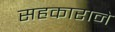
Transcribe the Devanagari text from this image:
सहकाराने